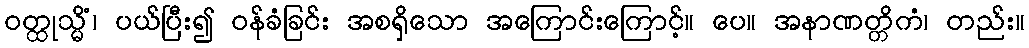
ဝတ္ထုသ္မိံ၊ ပယ်ပြီး၍ ဝန်ခံခြင်း အစရှိသော အကြောင်းကြောင့်။ ပေ။ အနာဏတ္တိကံ၊ တည်း။